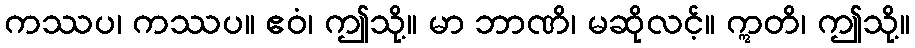
ကဿပ၊ ကဿပ။ ဧဝံ၊ ဤသို့။ မာ ဘာဏိ၊ မဆိုလင့်။ ဣတိ၊ ဤသို့။